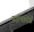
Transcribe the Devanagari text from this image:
स्टॅफॉर्ड